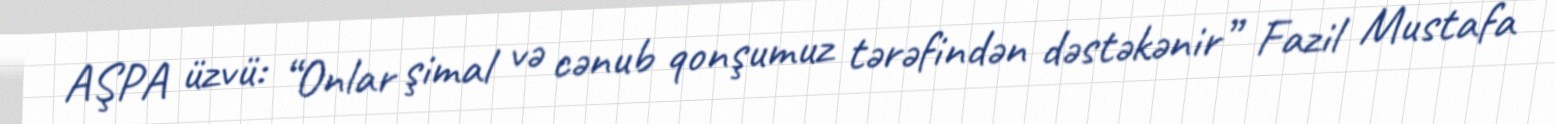
AŞPA üzvü: “Onlar şimal və cənub qonşumuz tərəfindən dəstəkənir” Fazil Mustafa